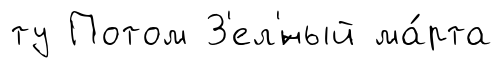
ту Потом З'ел'́ный ма́рта